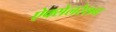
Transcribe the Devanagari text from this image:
ऐक्सेलरेशन